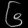
Digit: ၆